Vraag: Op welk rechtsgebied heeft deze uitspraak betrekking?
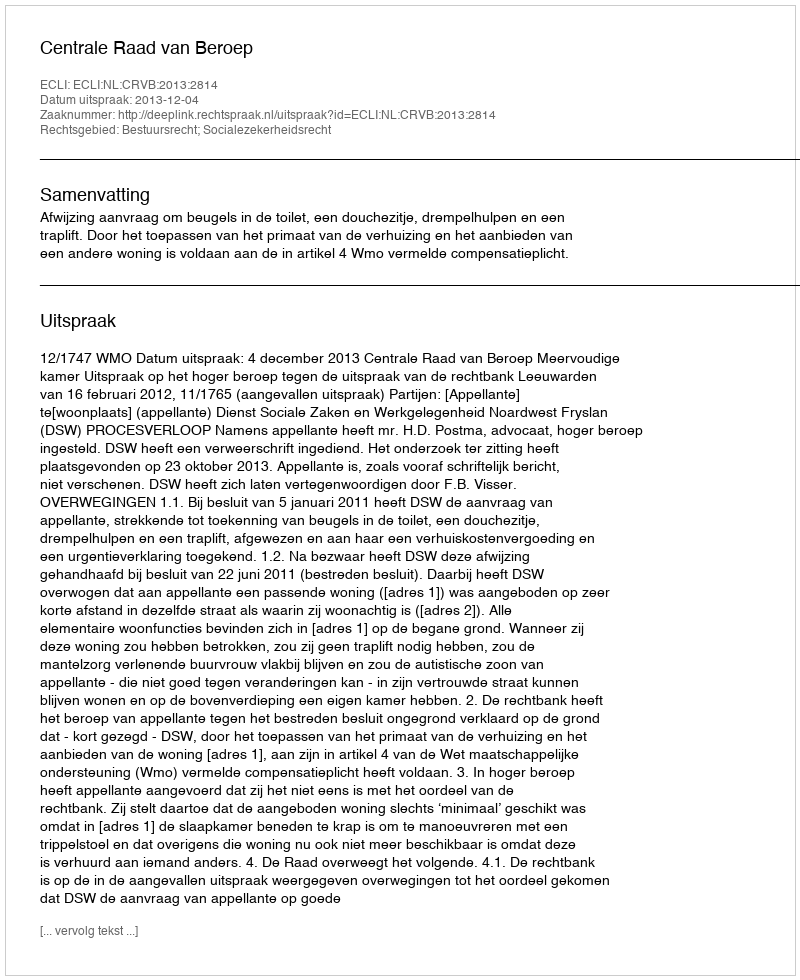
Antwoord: Bestuursrecht; Socialezekerheidsrecht